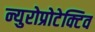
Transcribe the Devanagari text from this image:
न्युरोप्रोटेक्टिव